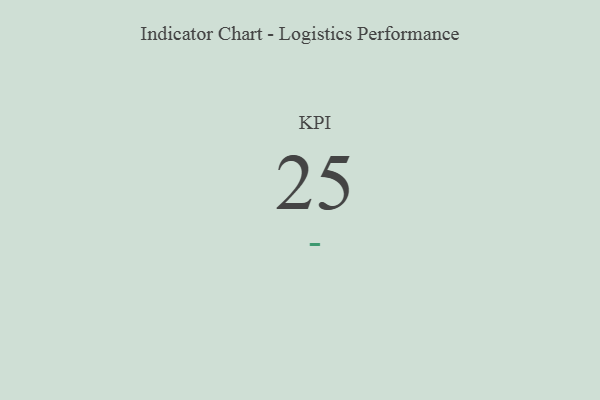
{"axis": {"x": "KPI", "y": "Value"}, "legend": [""], "data": [{"x": "KPI", "y": 25, "type": ""}]}